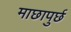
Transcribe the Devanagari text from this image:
माछापुर्छ